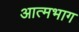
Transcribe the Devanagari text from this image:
आत्मभाग